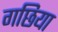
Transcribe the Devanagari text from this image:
गछिया